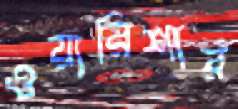
ওয়ারিশার